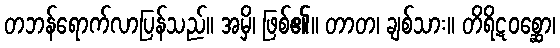
တဘန်ရောက်လာပြန်သည်။ အမှိ၊ ဖြစ်၏။ တာတ၊ ချစ်သား။ တိရိဋဝစ္ဆော၊